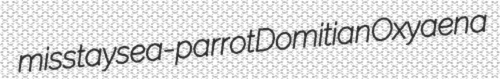
misstay sea-parrot Domitian Oxyaena